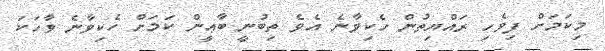
މިކަމަށް ފިވެހި ރައްޔިތުން ހެކިވާނެ އެވެ ތިބުނީ ބާޢީން ކަމަށް ހެކިވާނެ ވާހަކަ